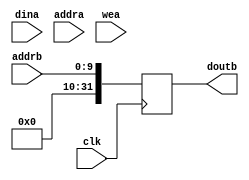
module cache #(
  parameter DATA_WIDTH=32,                 //width of data bus
  parameter ADDR_WIDTH=10                  //width of addresses buses
)(
  input      [DATA_WIDTH-1:0] dina,       //data to be written
  input      [ADDR_WIDTH-1:0] addrb,  //address for read operation
  input      [ADDR_WIDTH-1:0] addra, //address for write operation
  input                       wea,         //write enable signal
  input                       clk,  //clock signal for write operation
  output reg [DATA_WIDTH-1:0] doutb           //read data
);
    
  reg [DATA_WIDTH-1:0] ram [2**ADDR_WIDTH-1:0]; // ** is exponentiation
    
  always @(posedge clk) begin //WRITE
    if (wea) begin 
      ram[addra] <= dina;
    end
  end
    
  always @(posedge clk) begin //READ
    doutb <= addrb;//ram[addrb];
  end
    
endmodule